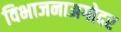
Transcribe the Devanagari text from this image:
विभाजनाअगोदर